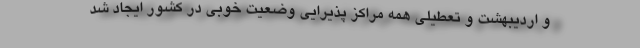
و اردیبهشت و تعطیلی همه مراکز پذیرایی وضعیت خوبی در کشور ایجاد شد